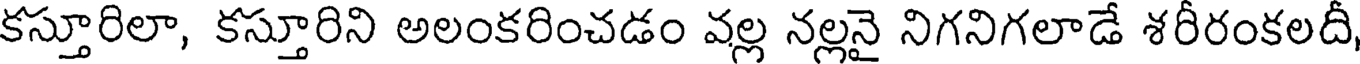
కస్తూరిలా, కస్తూరిని అలంకరించడం వల్ల నల్లనై నిగనిగలాడే శరీరంకలదీ